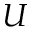
U